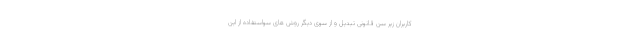
کاربران زیر سن قانونی تبدیل و از سوی دیگر روش های سواستفاده از این